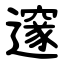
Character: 邃